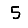
Digit: 5